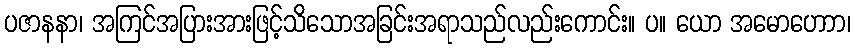
ပဇာနနာ၊ အကြင်အပြားအားဖြင့်သိသောအခြင်းအရာသည်လည်းကောင်း။ ပ။ ယော အမောဟောာ၊